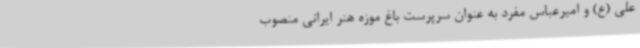
علی (ع) و امیرعباس مفرد به عنوان سرپرست باغ موزه هنر ایرانی منصوب